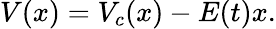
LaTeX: V(x)=V_{c}(x)-E(t)x.